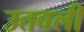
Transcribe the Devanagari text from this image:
उत्तवली